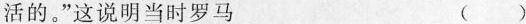
活的。”这说明当时罗马 ()